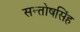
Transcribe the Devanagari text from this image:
सन्तोषसिंह